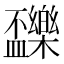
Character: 𣡝